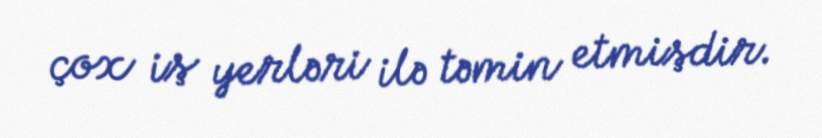
çox iş yerləri ilə təmin etmişdir.